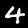
Digit: 4